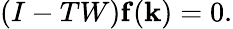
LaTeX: (I-TW)\mathbf{f}(\mathbf{k})=0.